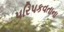
પરિપકવતાના